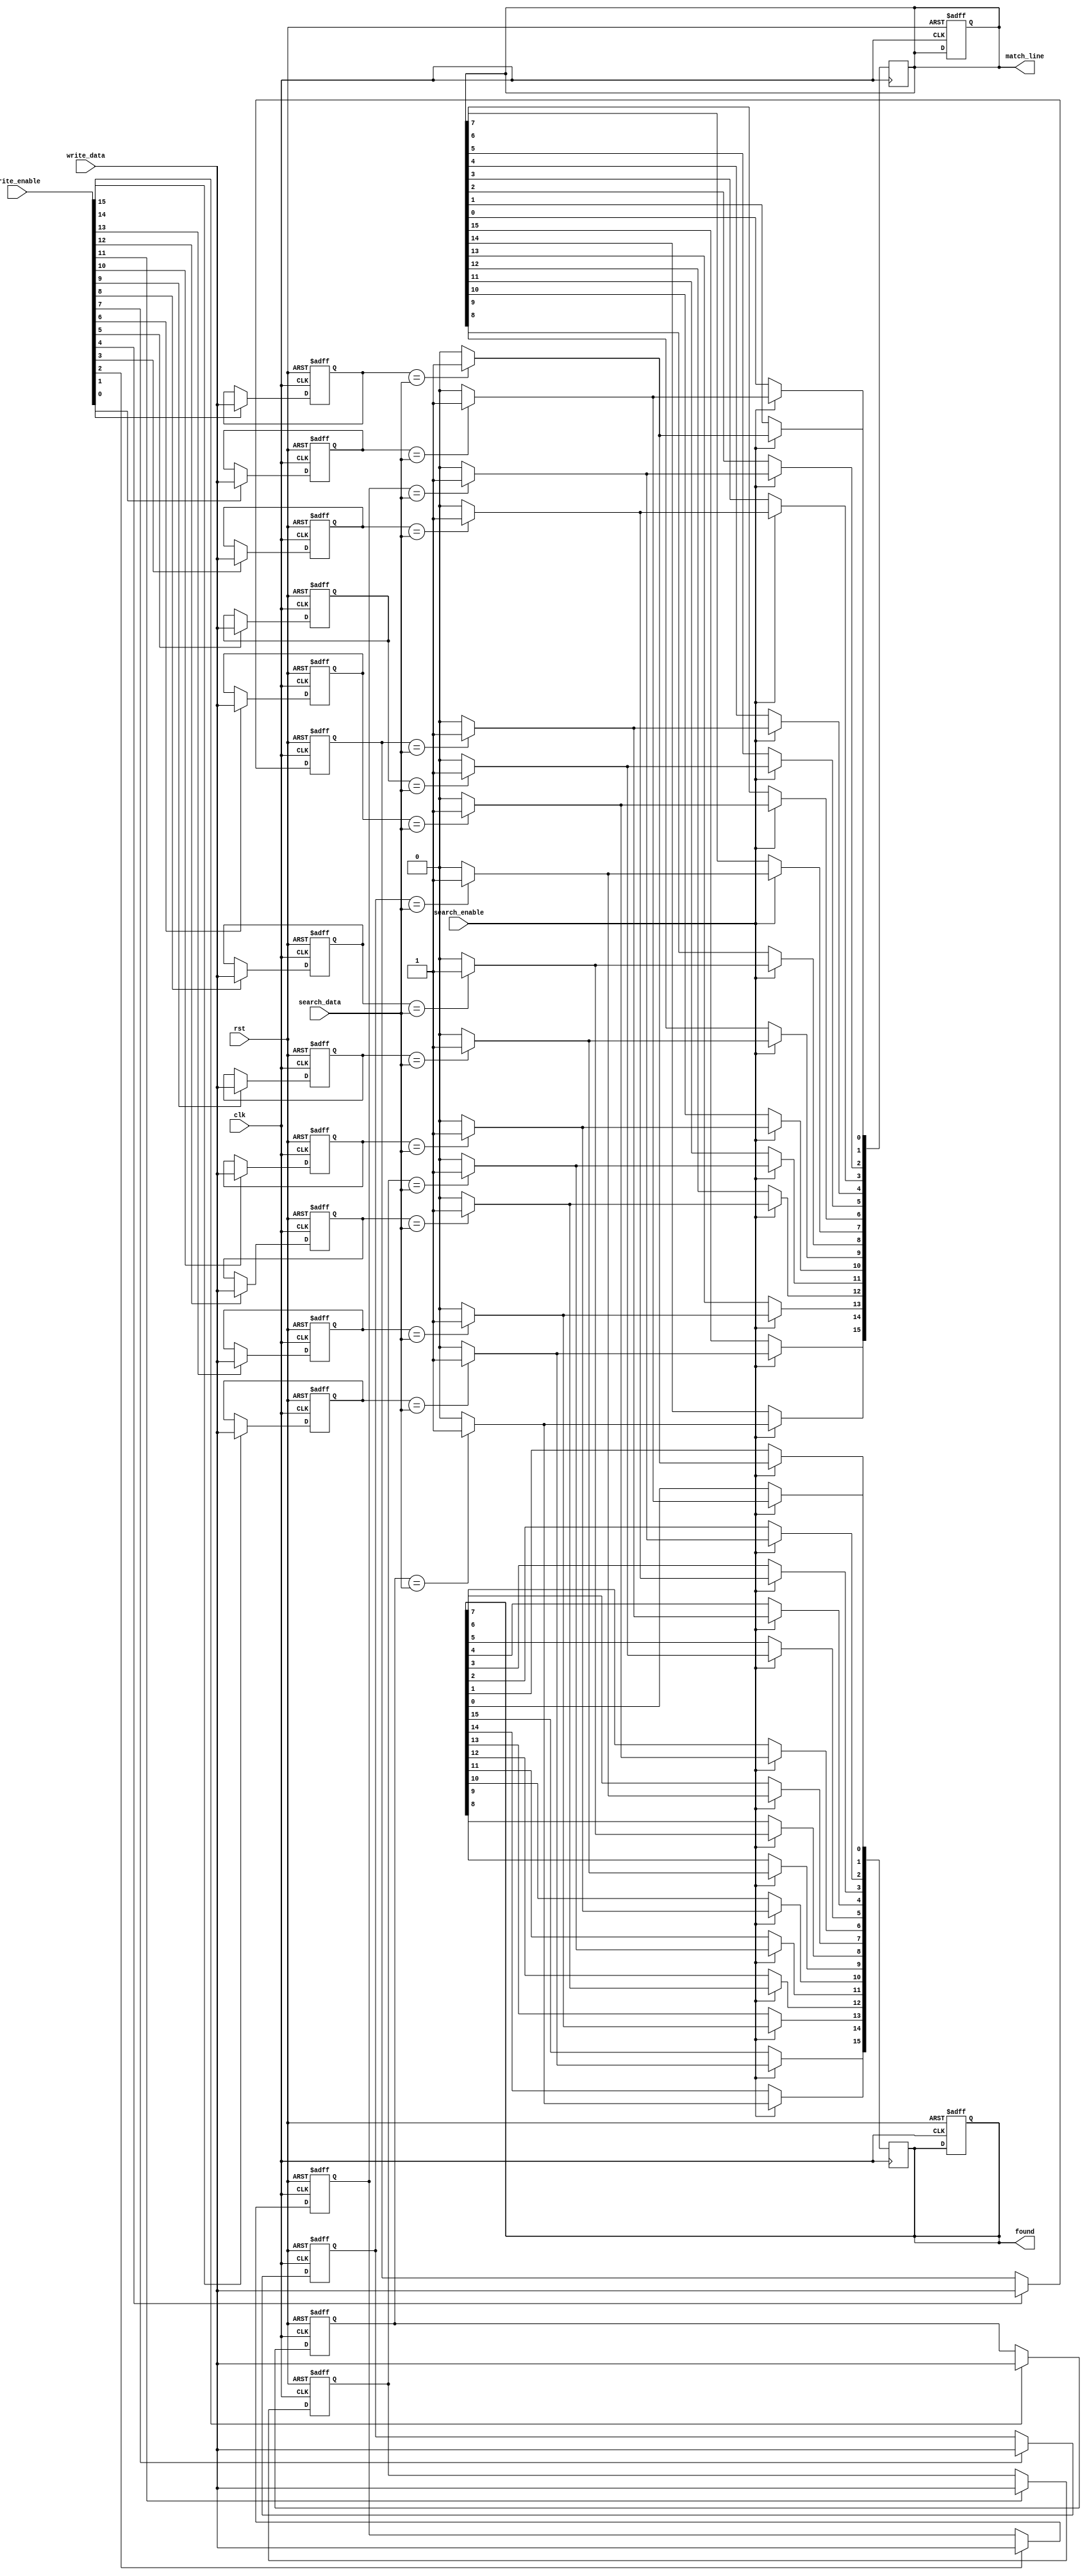
module energy_efficient_cam #(
    parameter WORD_SIZE = 8,  // Size of each word (in bits)
    parameter DEPTH = 16       // Number of entries in CAM
) (
    input wire clk,
    input wire rst,
    input wire [WORD_SIZE-1:0] write_data,
    input wire [DEPTH-1:0] write_enable, // Write enable for each entry
    input wire [WORD_SIZE-1:0] search_data,
    input wire search_enable,
    output reg [DEPTH-1:0] match_line,    // Match line output
    output reg [DEPTH-1:0] found          // Found entry index (one-hot)
);

    // Storage for CAM entries
    reg [WORD_SIZE-1:0] cam_memory [0:DEPTH-1];

    // Internal signals
    integer i;
    
    // Write operation
    always @(posedge clk or posedge rst) begin
        if (rst) begin
            for (i = 0; i < DEPTH; i = i + 1) begin
                cam_memory[i] <= {WORD_SIZE{1'b0}}; // Clear memory on reset
            end
            match_line <= {DEPTH{1'b0}};
            found <= {DEPTH{1'b0}};
        end else begin
            for (i = 0; i < DEPTH; i = i + 1) begin
                if (write_enable[i]) begin
                    cam_memory[i] <= write_data; // Write data to CAM
                end
            end
        end
    end

    // Search operation
    always @(posedge clk) begin
        if (search_enable) begin
            match_line <= {DEPTH{1'b0}}; // Clear match line
            found <= {DEPTH{1'b0}};      // Clear found entry
            for (i = 0; i < DEPTH; i = i + 1) begin
                if (cam_memory[i] == search_data) begin
                    match_line[i] <= 1'b1;   // Set match line
                    found[i] <= 1'b1;        // Set found entry (one-hot)
                end
            end
        end
    end

endmodule